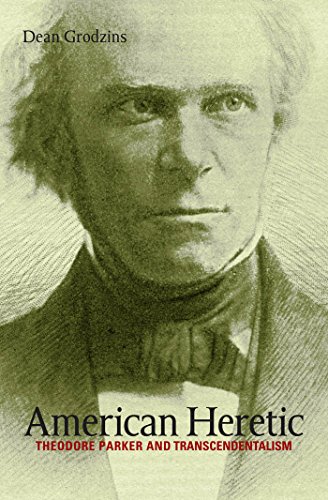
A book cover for American Heretic: Theodore Parker and Transcendentalism; Dean Grodzins; Religion & Spirituality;